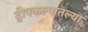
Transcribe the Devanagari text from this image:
द्वीपकल्पातल्या